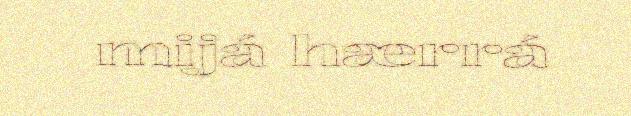
mijá hærrá